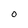
Character: O